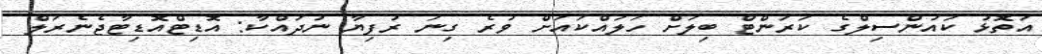
އަތޮޅު ކައުންސިލްގެ ކަރަންޓް ބިލަށް ހަލައްކައަށް ވުރެ ގިނަ ރުފިޔާ ނުދައްކާ: އޮޑިޓްއޮޑިޓާޖެނެރަލް